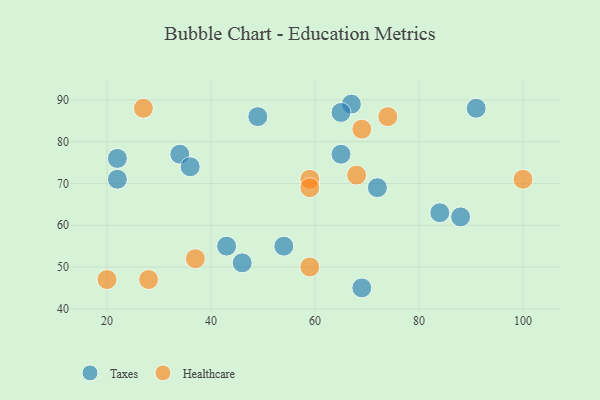
{"axis": {"x": "GDP", "y": "Life Expectancy"}, "legend": ["Healthcare", "Taxes"], "data": [{"x": "88", "y": 62, "type": "Taxes"}, {"x": "65", "y": 77, "type": "Taxes"}, {"x": "69", "y": 45, "type": "Taxes"}, {"x": "67", "y": 89, "type": "Taxes"}, {"x": "65", "y": 87, "type": "Taxes"}, {"x": "46", "y": 51, "type": "Taxes"}, {"x": "43", "y": 55, "type": "Taxes"}, {"x": "22", "y": 71, "type": "Taxes"}, {"x": "84", "y": 63, "type": "Taxes"}, {"x": "91", "y": 88, "type": "Taxes"}, {"x": "34", "y": 77, "type": "Taxes"}, {"x": "72", "y": 69, "type": "Taxes"}, {"x": "49", "y": 86, "type": "Taxes"}, {"x": "22", "y": 76, "type": "Taxes"}, {"x": "36", "y": 74, "type": "Taxes"}, {"x": "54", "y": 55, "type": "Taxes"}, {"x": "74", "y": 86, "type": "Healthcare"}, {"x": "59", "y": 71, "type": "Healthcare"}, {"x": "28", "y": 47, "type": "Healthcare"}, {"x": "20", "y": 47, "type": "Healthcare"}, {"x": "27", "y": 88, "type": "Healthcare"}, {"x": "69", "y": 83, "type": "Healthcare"}, {"x": "68", "y": 72, "type": "Healthcare"}, {"x": "100", "y": 71, "type": "Healthcare"}, {"x": "59", "y": 69, "type": "Healthcare"}, {"x": "59", "y": 50, "type": "Healthcare"}, {"x": "37", "y": 52, "type": "Healthcare"}]}